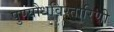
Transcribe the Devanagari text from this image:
पुण्यौधविस्तारिणी